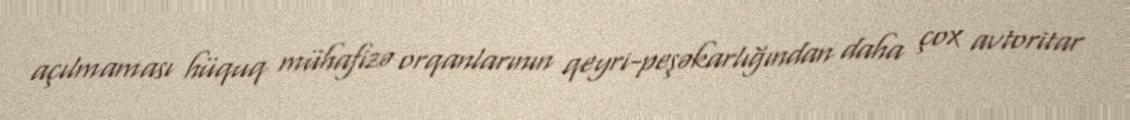
açılmaması hüquq mühafizə orqanlarının qeyri-peşəkarlığından daha çox avtoritar